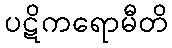
ပဋိကရောမီတိ